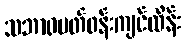
သဘာဝပတ်ဝန်းကျင်ထိန်း